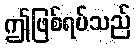
ဤဖြစ်ရပ်သည်